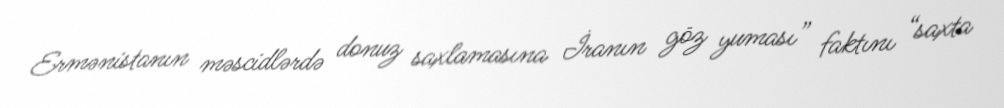
Ermənistanın məscidlərdə donuz saxlamasına İranın göz yuması” faktını “saxta